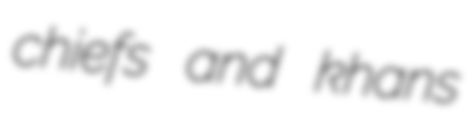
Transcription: chiefs and khans